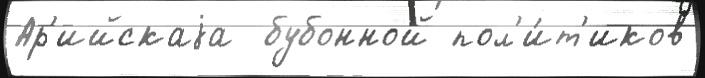
Ар'ийскаjа  бубонной пол'и́т'иков